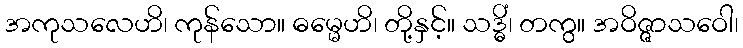
အကုသလေဟိ၊ ကုန်သော။ ဓမ္မေဟိ၊ တို့နှင့်။ သဒ္ဓိံ၊ တကွ။ အဝိဇ္ဇာသဝေါ၊